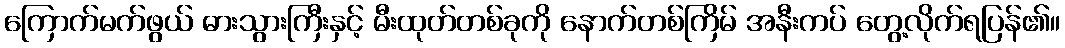
ကြောက်မက်ဖွယ် ဓားသွားကြီးနှင့် မီးထုတ်တစ်ခုကို နောက်တစ်ကြိမ် အနီးကပ် တွေ့လိုက်ရပြန်၏။